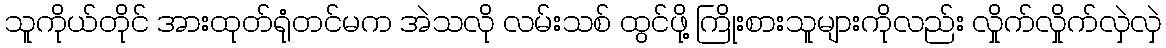
သူကိုယ်တိုင် အားထုတ်ရုံတင်မက အဲသလို လမ်းသစ် ထွင်ဖို့ ကြိုးစားသူများကိုလည်း လှိုက်လှိုက်လှဲလှဲ